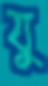
যু